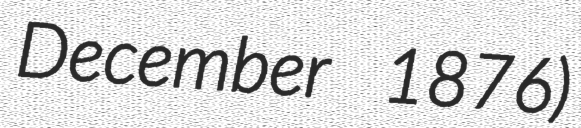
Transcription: December 1876)